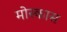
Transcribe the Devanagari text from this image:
मोस्कास